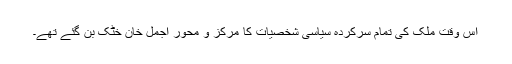
اس وقت ملک کی تمام سرکردہ سیاسی شخصیات کا مرکز و محور اجمل خان خٹک بن گئے تھے۔